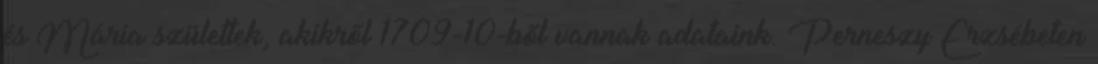
és Mária születtek, akikről 1709-10-ből vannak adataink. Perneszy Erzsébeten